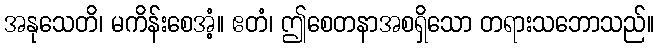
အနုသေတိ၊ မကိန်းစေအံ့။ ဧတံ၊ ဤစေတနာအစရှိသော တရားသဘောသည်။